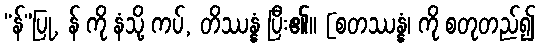
“န်”ပြု, န် ကို နံသို့ ကပ်, တိဿန္နံ ပြီး၏။ [စတဿန္နံ၊ ကို စတုတည်၍